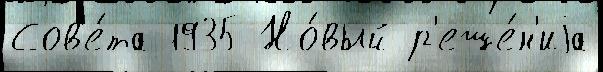
Сов'е́та 1935 Но́вый р'еше́н'иjа